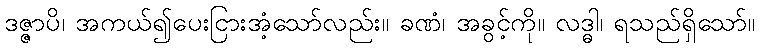
ဒဇ္ဇာပိ၊ အကယ်၍ပေးငြားအံ့သော်လည်း။ ခဏံ၊ အခွင့်ကို။ လဒ္ဓါ၊ ရသည်ရှိသော်။